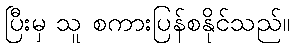
ပြီးမှ သူ စကားပြန်စနိုင်သည်။